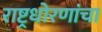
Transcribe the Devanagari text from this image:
राष्ट्रधोरणांचा